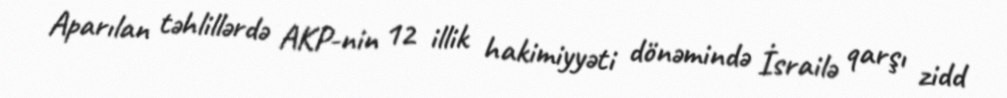
Aparılan təhlillərdə AKP-nin 12 illik hakimiyyəti dönəmində İsrailə qarşı zidd